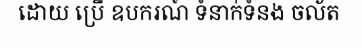
ដោយ ប្រើ ឧបករណ៍ ទំនាក់ទំនង ចល័ត